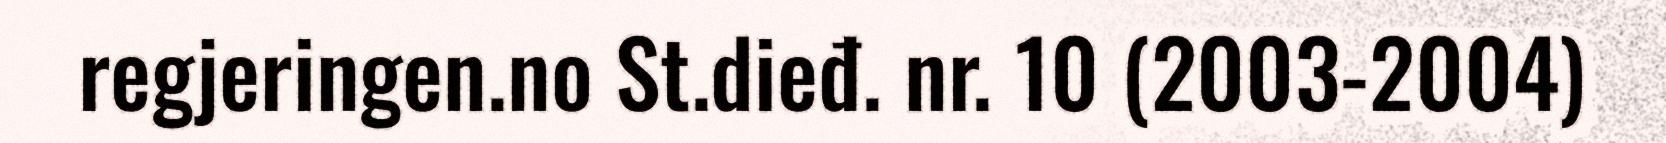
regjeringen.no St.dieđ. nr. 10 (2003-2004)